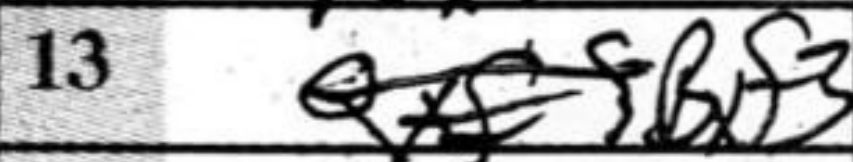
Transcription: Bxf3